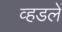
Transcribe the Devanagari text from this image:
व्हडलें